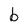
Character: b